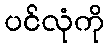
ပင်လုံကို